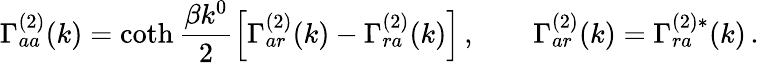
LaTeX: \Gamma_{aa}^{(2)}(k)=\coth{\frac{\beta k^{0}}{2}}\Bigl[\Gamma_{ar}^{(2)}(k)-\Gamma_{ra}^{(2)}(k)\Bigr]\, ,\qquad\Gamma_{ar}^{(2)}(k)=\Gamma_{ra}^{(2)*}(k)\, .